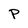
Character: P